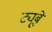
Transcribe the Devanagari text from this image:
ट्यूबें